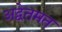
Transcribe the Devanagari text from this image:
अद्वेतमत